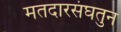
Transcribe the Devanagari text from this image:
मतदारसंघतुन